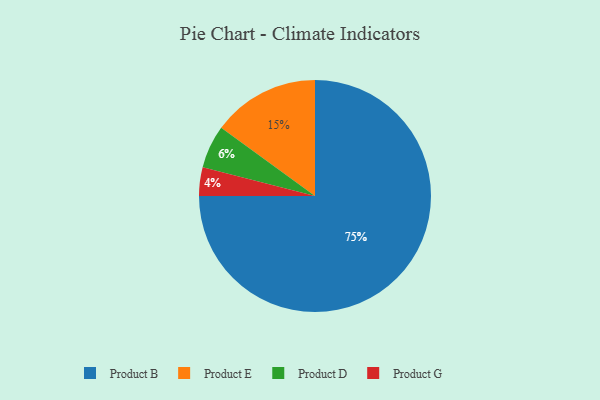
{"axis": {"x": "Category", "y": "Percentage"}, "legend": ["Product B", "Product D", "Product E", "Product G"], "data": [{"x": "Product E", "y": 15, "type": "Product E"}, {"x": "Product G", "y": 4, "type": "Product G"}, {"x": "Product B", "y": 75, "type": "Product B"}, {"x": "Product D", "y": 6, "type": "Product D"}]}